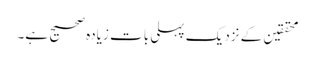
محققین کے نزدیک پہلی بات زیادہ صحیح ہے۔